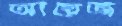
আয়েজ